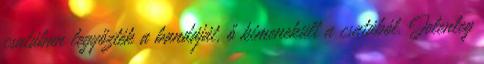
csatában legyőzték a bandáját, ő kimenekült a csatából. Jelenleg